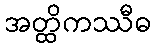
အတ္ထိကဿီဓ